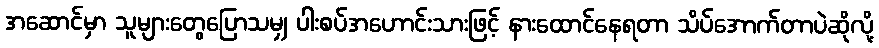
အဆောင်မှာ သူများတွေပြောသမျှ ပါးစပ်အဟောင်းသားဖြင့် နားထောင်နေရတာ သိပ်အောက်တာပဲဆိုလို့